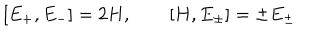
LaTeX: [ E _ { + } , E _ { - } ] = 2 H , \quad \quad [ H , E _ { \pm } ] = \pm E _ { \pm }